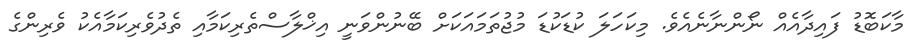
މާކަބޮޑު ފައިދާއެއް ނޯންނާނެއެވެ. މިކަހަލަ ކުޑަކުޑަ މުޖުތަމައަކަށް ބޭނުންވަނީ އިޚްލާސްތެރިކަމާއި ތެދުވެރިކަމާއެކު ވެރިންގެ